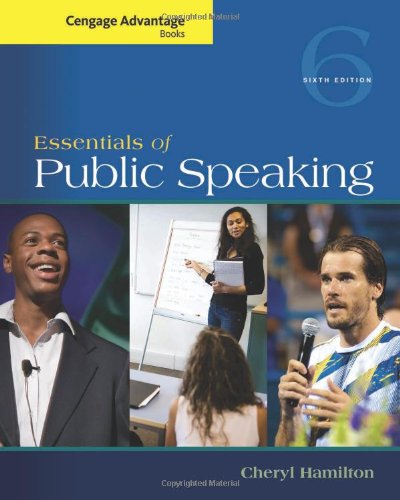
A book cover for Cengage Advantage Series: Essentials of Public Speaking (Cengage Advantage Books); Cheryl Hamilton; Reference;